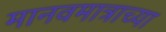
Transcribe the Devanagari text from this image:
मानवमात्राच्या